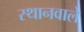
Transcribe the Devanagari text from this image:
स्थानवाले